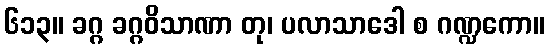
၆၁၃။ ခဂ္ဂ ခဂ္ဂဝိသာဏာ တု၊ ပလာသာဒေါ စ ဂဏ္ဍကော။